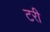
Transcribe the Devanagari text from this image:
टरी